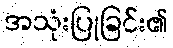
အသုံးပြုခြင်း၏